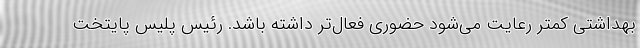
بهداشتی کمتر رعایت می‌شود حضوری فعال‌تر داشته باشد. رئیس پلیس پایتخت